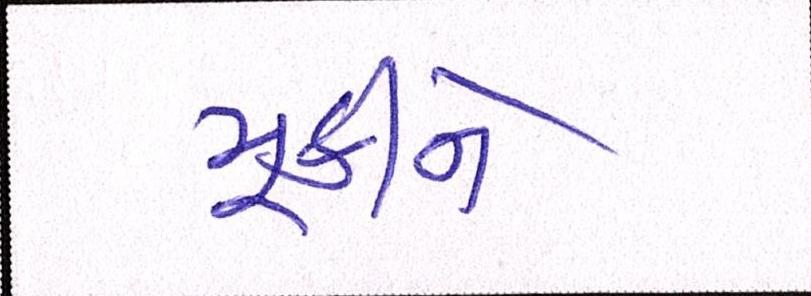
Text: મૂકીને